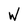
Character: W